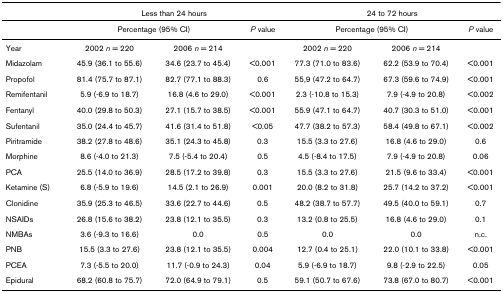
<table><thead><tr><td></td><td colspan="3"><b>Less than 24 hours</b></td><td colspan="3"><b>24 to 72 hours</b></td></tr></thead><tbody><tr><td></td><td colspan="2">Percentage (95% CI)</td><td><i>P </i>value</td><td colspan="2">Percentage (95% CI)</td><td><i>P </i>value</td></tr><tr><td>Year</td><td>2002 <i>n </i>= 220</td><td>2006 <i>n </i>= 214</td><td></td><td>2002 <i>n </i>= 220</td><td>2006 <i>n </i>= 214</td><td></td></tr><tr><td>Midazolam</td><td>45.9 (36.1 to 55.6)</td><td>34.6 (23.7 to 45.4)</td><td>&lt;0.001</td><td>77.3 (71.0 to 83.6)</td><td>62.2 (53.9 to 70.4)</td><td>&lt;0.001</td></tr><tr><td>Propofol</td><td>81.4 (75.7 to 87.1)</td><td>82.7 (77.1 to 88.3)</td><td>0.6</td><td>55,9 (47.2 to 64.7)</td><td>67.3 (59.6 to 74.9)</td><td>&lt;0.001</td></tr><tr><td>Remifentanil</td><td>5.9 (-6.9 to 18.7)</td><td>16.8 (4.6 to 29.0)</td><td>&lt;0.001</td><td>2.3 (-10.8 to 15.3)</td><td>7.9 (-4.9 to 20.8)</td><td>&lt;0.002</td></tr><tr><td>Fentanyl</td><td>40.0 (29.8 to 50.3)</td><td>27.1 (15.7 to 38.5)</td><td>&lt;0.001</td><td>55.9 (47.1 to 64.7)</td><td>40.7 (30.3 to 51.0)</td><td>&lt;0.001</td></tr><tr><td>Sufentanil</td><td>35.0 (24.4 to 45.7)</td><td>41.6 (31.4 to 51.8)</td><td>&lt;0.05</td><td>47.7 (38.2 to 57.3)</td><td>58.4 (49.8 to 67.1)</td><td>&lt;0.002</td></tr><tr><td>Piritramide</td><td>38.2 (27.8 to 48.6)</td><td>35.1 (24.3 to 45.8)</td><td>0.3</td><td>15.5 (3.3 to 27.6)</td><td>16.8 (4.6 to 29.0)</td><td>0.6</td></tr><tr><td>Morphine</td><td>8.6 (-4.0 to 21.3)</td><td>7.5 (-5.4 to 20.4)</td><td>0.5</td><td>4.5 (-8.4 to 17.5)</td><td>7.9 (-4.9 to 20.8)</td><td>0.06</td></tr><tr><td>PCA</td><td>25.5 (14.0 to 36.9)</td><td>28.5 (17.2 to 39.8)</td><td>0.3</td><td>15.5 (3.3 to 27.6)</td><td>21.5 (9.6 to 33.4)</td><td>&lt;0.001</td></tr><tr><td>Ketamine (S)</td><td>6.8 (-5.9 to 19.6)</td><td>14.5 (2.1 to 26.9)</td><td>0.001</td><td>20.0 (8.2 to 31.8)</td><td>25.7 (14.2 to 37.2)</td><td>&lt;0.001</td></tr><tr><td>Clonidine</td><td>35.9 (25.3 to 46.5)</td><td>33.6 (22.7 to 44.6)</td><td>0.5</td><td>48.2 (38.7 to 57.7)</td><td>49.5 (40.0 to 59.1)</td><td>0.7</td></tr><tr><td>NSAIDs</td><td>26.8 (15.6 to 38.2)</td><td>23.8 (12.1 to 35.5)</td><td>0.3</td><td>13.2 (0.8 to 25.5)</td><td>16.8 (4.6 to 29.0)</td><td>0.1</td></tr><tr><td>NMBAs</td><td>3.6 (-9.3 to 16.6)</td><td>0.0</td><td>0.5</td><td>0.0</td><td>0.0</td><td>n.c.</td></tr><tr><td>PNB</td><td>15.5 (3.3 to 27.6)</td><td>23.8 (12.1 to 35.5)</td><td>0.004</td><td>12.7 (0.4 to 25.1)</td><td>22.0 (10.1 to 33.8)</td><td>&lt;0.001</td></tr><tr><td>PCEA</td><td>7.3 (-5.5 to 20.0)</td><td>11.7 (-0.9 to 24.3)</td><td>0.04</td><td>5.9 (-6.9 to 18.7)</td><td>9.8 (-2.9 to 22.5)</td><td>0.05</td></tr><tr><td>Epidural</td><td>68.2 (60.8 to 75.7)</td><td>72.0 (64.9 to 79.1)</td><td>0.5</td><td>59.1 (50.7 to 67.6)</td><td>73.8 (67.0 to 80.7)</td><td>&lt;0.001</td></tr></tbody></table>